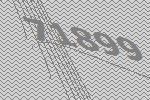
71899